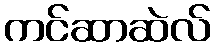
ကင်ဆာဆဲလ်